Report on vaccination in Madras 1895-1903 - 1895-1903
Year: 1895
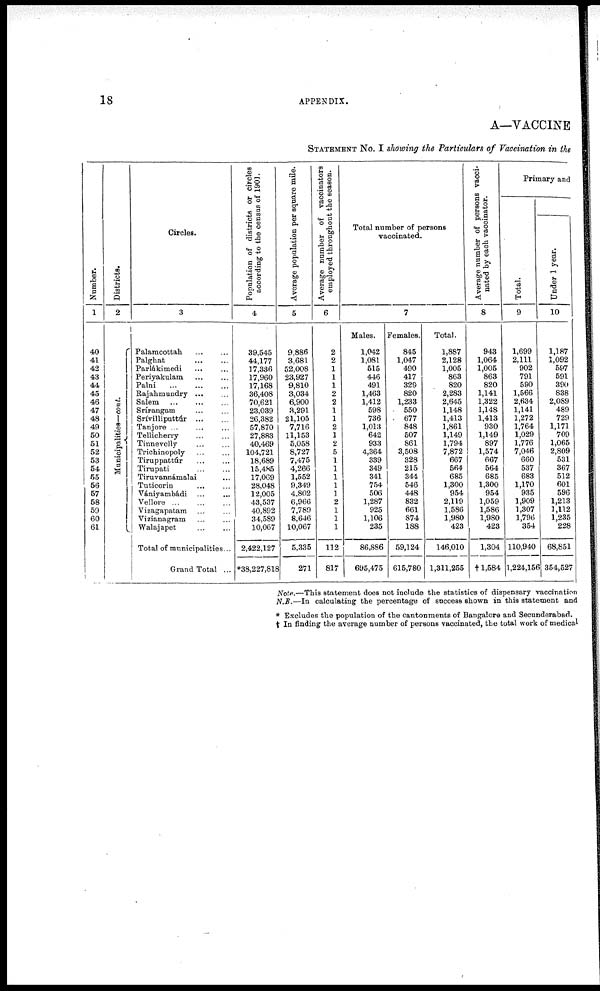
18
APPENDIX.
A—VACCINE
STATEMENT NO. I showing the Particulars of Vaccination in the
Number.
1
40
41
42
43
44
45
46
47
48
49
50
51
52
53
54
55
56
57
58
59
60
61
Districts.
2
Municipalities—cont.
Circles.
3
Palamcottah ... ...
Palghat
...
...
Parlákimedi ... ...
Periyakulam ... ...
Palni
...
...
...
Rajahmundry ... ...
Salem
...
...
Srírangam ... ...
Srívilliputtúr ... ...
Tanjore ... ... ...
Tellicherry ... ...
Tinnevelly ... ...
Trichinopoly ... ...
Tiruppattúr ... ...
Tirupati ... ...
Tiruvannámalai ...
Tuticorin ... ...
Yániyambádi ... ...
Vellore ... ... ...
Vizagapatam ... ...
Vizianagram ... ...
Walajapet ... ...
Total of municipalities...
Grand Total ...
Population of districts or circles
according to the census of 1901.
4
39,545
44,177
17,336
17,960
17,168
36,408
70,621
23,039
26,382
57,870
27,883
40,469
104,721
18,689
15,485
17,069
28,048
12,005
43,537
40,892
34,589
10,067
2,422,127
*38,227,818
Average population per square mile.
5
9,886
3,681
52,008
23,927
9,810
3,034
6,900
3,291
21,105
7,716
11,153
5,058
8,727
7,475
4,266
1,552
9,349
4,802
6,966
7,789
8,646
10,067
5,335
271
Average number of vaccinators
employed throughout the season.
6
2
2
1
1
1
2
2
1
1
2
1
2
5
1
1
1
1
1
2
1
1
1
112
817
Total number of persons
vaccinated.
7
Males.
1,042
1,081
515
446
491
1,463
1,412
598
736
1,013
642
933
4,364
339
349
341
754
506
1,287
925
1,106
235
86,886
695,475
Females.
845
1,047
490
417
329
820
1,233
550
677
848
507
861
3,508
328
215
344
546
448
832
661
874
188
59,124
615,780
Total.
1,887
2,128
1,005
863
820
2,283
2,645
1,148
1,413
1,861
1,149
1,794
7,872
667
564
685
1,300
954
2,119
1,586
1,980
423
146,010
1,311,255
Average number of persons vacci-
nated by each vaccinator.
8
943
1,064
1,005
863
820
1,141
1,322
1,148
1.413
930
1,149
897
1,574
667
564
685
1,300
954
1,059
1,586
1,980
423
1,304
†1,584
Primary and
Total.
9
1,699
2,111
902
791
590
1,566
2,634
1,141
1,272
1,764
1,029
1,776
7,046
660
537
683
1,170
935
1,909
1,307
1,796
354
110,940
1,224,156
Under 1 year.
10
1,187
1,092
597
591
390
838
2,089
489
729
1,171
709
1,065
2,809
531
367
512
601
596
1,213
1,112
1,235
228
68,851
354,527
Note.—This statement does not include the statistics of dispensary vaccination
N.B.—In calculating the percentage of success shown in this statement and
* Excludes the population of the cantonments of Bangalore and Secunderabad.
† In finding the average number of persons vaccinated, the total work of medical